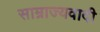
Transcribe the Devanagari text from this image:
साम्राज्‍यवादी